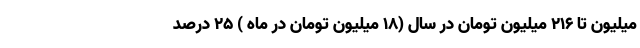
میلیون تا ۲۱۶ میلیون تومان در سال (۱۸ میلیون تومان در ماه ) ۲۵ درصد